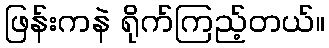
ဖြန်းကနဲ ရိုက်ကြည့်တယ်။